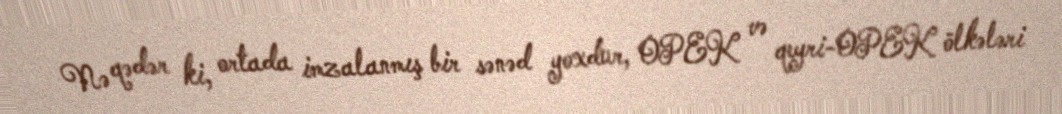
Nə qədər ki, ortada imzalanmış bir sənəd yoxdur, OPEK və qeyri-OPEK ölkələri